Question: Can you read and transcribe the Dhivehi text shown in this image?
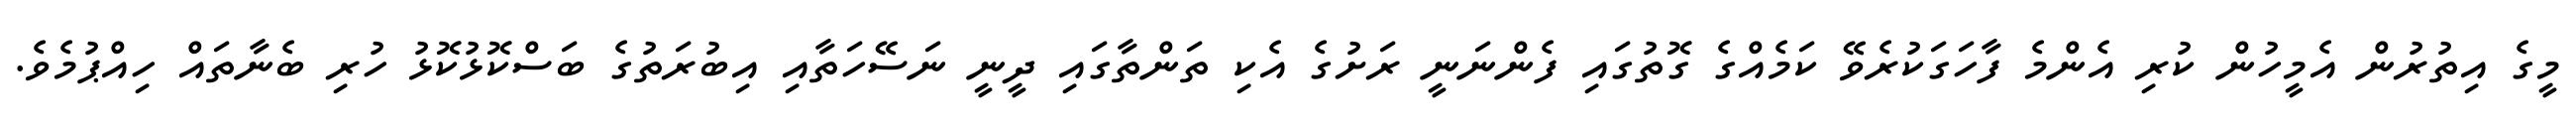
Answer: މީގެ އިތުރުން އެމީހުން ކުރި އެންމެ ފާހަގަކުރެވޭ ކަމެއްގެ ގޮތުގައި ފެންނަނީ ރަށުގެ އެކި ތަންތާގައި ދީނީ ނަސޭހަތާއި އިބުރަތުގެ ބަސްކޮޅުކޮޅު ހުރި ބެނާތައް ހިއްޕުމެވެ.